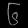
Digit: ၆